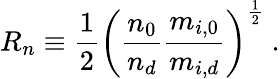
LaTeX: R_{n}\equiv\frac{1}{2}\left(\frac{n_{0}}{n_{d}}\frac{m_{i,0}}{m_{i,d}}\right)^{\frac{1}{2}}\ .